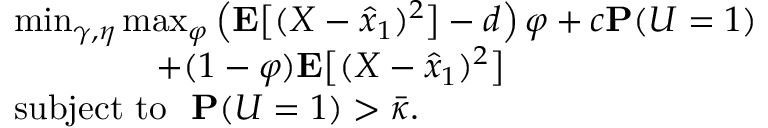
\begin{array} { r l } & { \operatorname* { m i n } _ { \gamma , \eta } \operatorname* { m a x } _ { \varphi } \left( \mathbf { E } \big [ ( X - \hat { x } _ { 1 } ) ^ { 2 } \big ] - d \right) \varphi + c \mathbf { P } ( U = 1 ) } \\ & { \qquad \qquad + ( 1 - \varphi ) \mathbf { E } \big [ ( X - \hat { x } _ { 1 } ) ^ { 2 } \big ] } \\ & { \mathrm { s u b j e c t ~ t o ~ ~ } \mathbf { P } ( U = 1 ) > \bar { \kappa } . } \end{array}